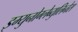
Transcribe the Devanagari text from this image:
इम्युनोग्लेब्युलिनेस